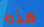
هذه